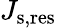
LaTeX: J_{\mathrm{s,res}}